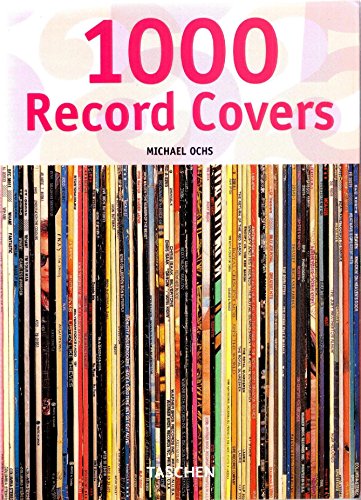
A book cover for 1000 Record Covers; Michael Ochs; Crafts, Hobbies & Home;